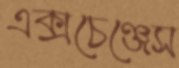
এক্সচেঞ্জেস